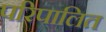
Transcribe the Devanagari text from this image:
परिपालित